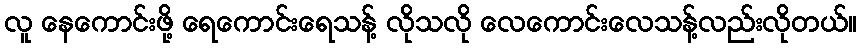
လူ နေကောင်းဖို့ ရေကောင်းရေသန့် လိုသလို လေကောင်းလေသန့်လည်းလိုတယ်။